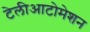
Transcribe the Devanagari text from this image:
टेलीआटोमेशन